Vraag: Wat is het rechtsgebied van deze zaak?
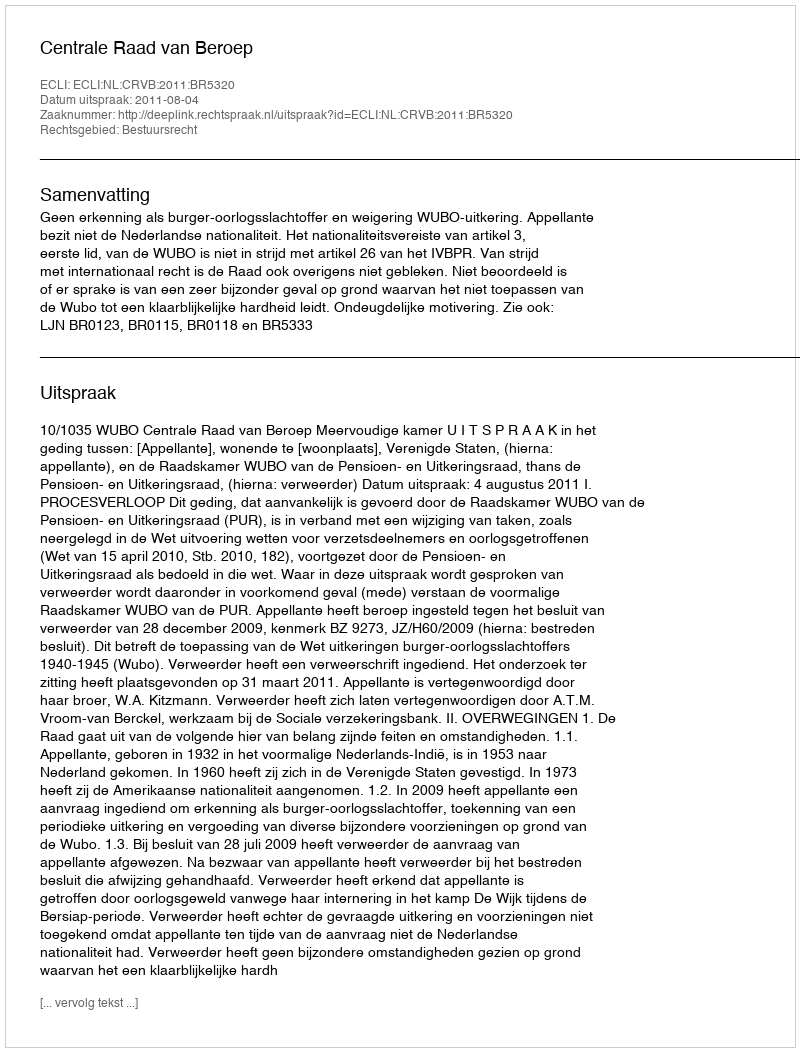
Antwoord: Bestuursrecht